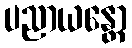
ပညာယန္တော